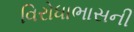
વિરોધાભાસની